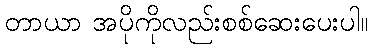
တာယာ အပိုကိုလည်းစစ်ဆေးပေးပါ။